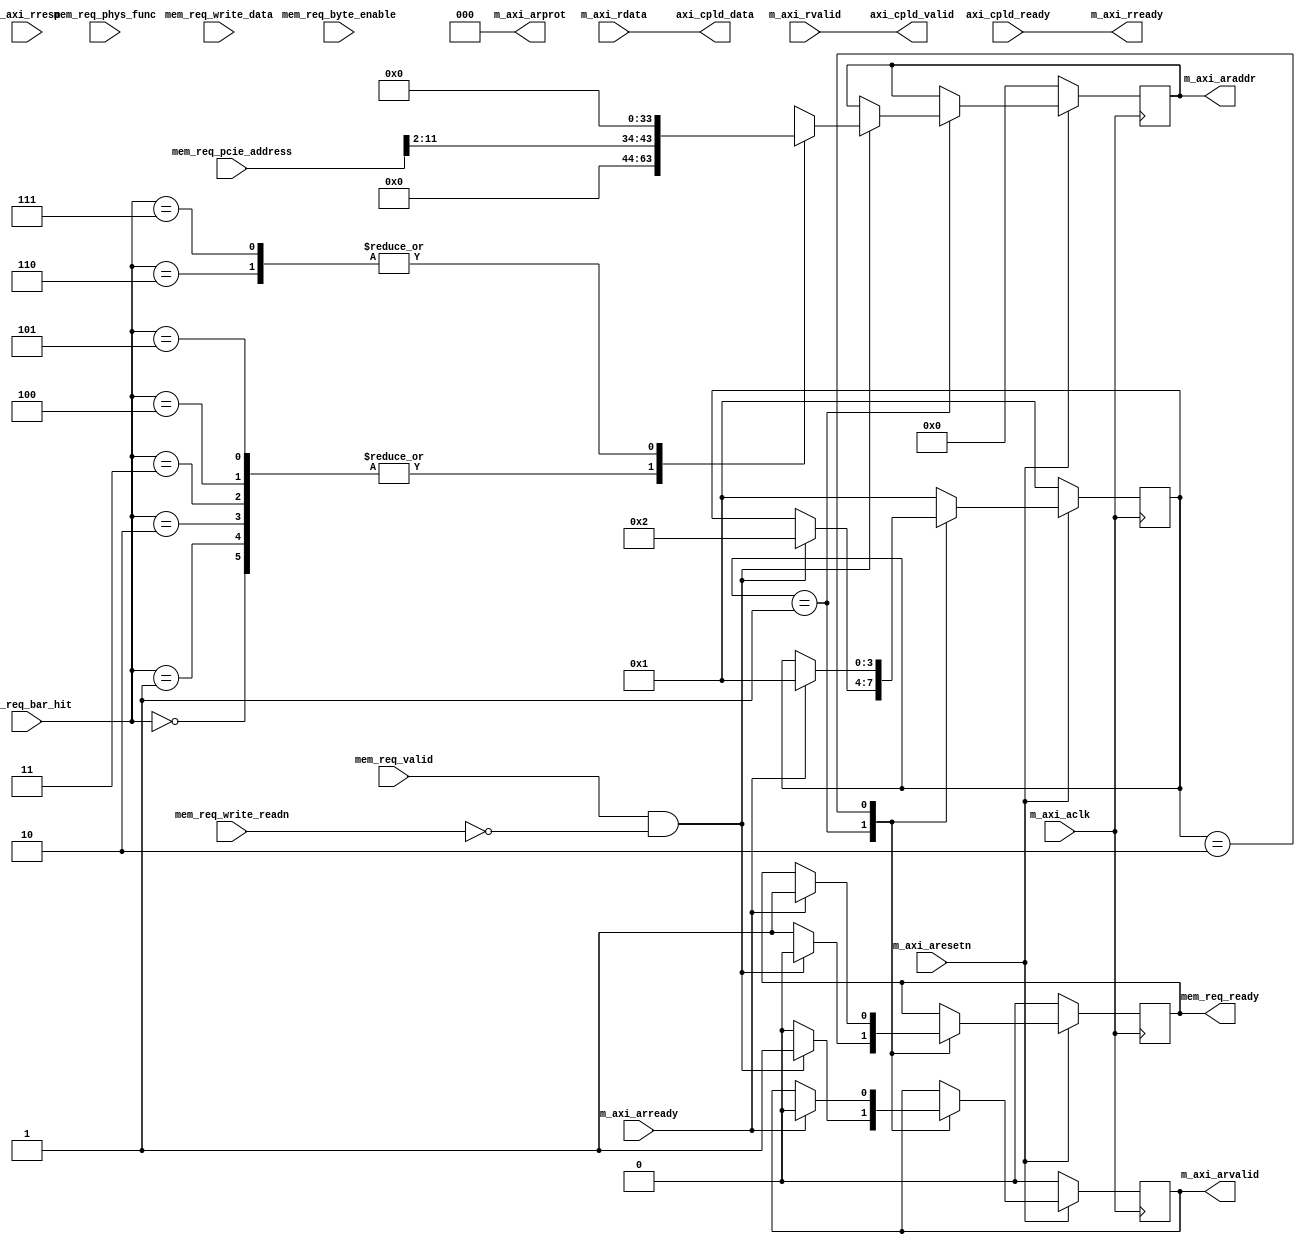
`timescale 1ns / 1ps
//////////////////////////////////////////////////////////////////////////////////
// Company: 
// Engineer: 
// 
// Design Name: 
// Module Name: axi_read_controller
// Project Name: 
// Target Devices: 
// Tool Versions: 
// Description: 
// 
// Dependencies: 
// 
// Revision:
// Revision 0.01 - File Created
// Additional Comments:
// 
//////////////////////////////////////////////////////////////////////////////////


module axi_read_controller # (
  parameter TCQ                        = 1,
  parameter M_AXI_TDATA_WIDTH          = 32,
  parameter M_AXI_ADDR_WIDTH           = 32,
  parameter OUTSTANDING_READS          = 5,
  parameter  BAR0AXI                   = 64'h00000000,
  parameter  BAR1AXI                   = 64'h00000000,
  parameter  BAR2AXI                   = 64'h00000000,
  parameter  BAR3AXI                   = 64'h00000000,
  parameter  BAR4AXI                   = 64'h00000000,
  parameter  BAR5AXI                   = 64'h00000000, 
  parameter  BAR0SIZE                  = 12,
  parameter  BAR1SIZE                  = 12,
  parameter  BAR2SIZE                  = 12,
  parameter  BAR3SIZE                  = 12,
  parameter  BAR4SIZE                  = 12,
  parameter  BAR5SIZE                  = 12
  
) (

  input                                 m_axi_aclk,
  input                                 m_axi_aresetn,
  
  output [M_AXI_TDATA_WIDTH-1 : 0]      m_axi_araddr,
  output [2 : 0]                        m_axi_arprot,
  output                                m_axi_arvalid,
  input                                 m_axi_arready,
 
  input  [M_AXI_TDATA_WIDTH-1 : 0]      m_axi_rdata,
  input  [1 : 0]                        m_axi_rresp,
  input                                 m_axi_rvalid,
  output                                m_axi_rready,
  
  //Memory Request TLP Info
  input                                 mem_req_valid,
  output                                mem_req_ready,
  input [2:0]                           mem_req_bar_hit,
  input [31:0]                          mem_req_pcie_address,
  input [3:0]                           mem_req_byte_enable,
  input                                 mem_req_write_readn,
  input                                 mem_req_phys_func,
  input [31:0]                          mem_req_write_data,
  
  //Completion Data Coming back
  output                                axi_cpld_valid,
  input                                 axi_cpld_ready,
  output [31:0]                         axi_cpld_data 

    );
    
  reg [31:0] m_axi_addr_c;   
  reg [31:0] m_axi_araddr_r;   
  reg        m_axi_arvalid_r;   
  reg        mem_req_ready_r;    
    
  localparam IDLE      = 4'b0001;
  localparam READ_REQ = 4'b0010;
  //localparam <state3> = 4'b0100;
  //localparam <state4> = 4'b1000;
 
  reg [3:0] aximm_ar_sm = IDLE;
  reg [3:0] aximm_rd_sm = IDLE;
 
  always @(posedge m_axi_aclk)
     if ( !m_axi_aresetn ) begin
        aximm_ar_sm <= IDLE;
        m_axi_araddr_r    <= #TCQ 32'd0;
        m_axi_arvalid_r   <= #TCQ 1'b0;
        mem_req_ready_r   <= #TCQ 1'b0;
     end else
        case (aximm_ar_sm)
           IDLE : begin
              if ( mem_req_valid & !mem_req_write_readn ) begin
                aximm_ar_sm     <= #TCQ READ_REQ;
                m_axi_araddr_r    <= #TCQ m_axi_addr_c;
                m_axi_arvalid_r <= #TCQ 1'b1;
                mem_req_ready_r <= #TCQ 1'b0;
              end else begin
                m_axi_arvalid_r <= #TCQ 1'b0;
                mem_req_ready_r <= #TCQ 1'b1;
              end
           end
           READ_REQ : begin
              if (m_axi_arready) begin
                aximm_ar_sm   <= #TCQ IDLE;
                m_axi_arvalid_r <= #TCQ 1'b0;
                mem_req_ready_r <= #TCQ 1'b1;
              end 
           end
           default : begin  // Fault Recovery
              aximm_ar_sm <= #TCQ IDLE;
           end   
        endcase
        
 
  assign m_axi_arvalid  = m_axi_arvalid_r;
  assign m_axi_arprot   = 0;
  assign m_axi_araddr   = m_axi_araddr_r;
  assign mem_req_ready  = mem_req_ready_r;
  
  assign axi_cpld_valid  = m_axi_rvalid;
  assign m_axi_rready    = axi_cpld_ready;
  assign axi_cpld_data   = m_axi_rdata;
    							
  always @(mem_req_bar_hit, mem_req_pcie_address)    
     case (mem_req_bar_hit)
        3'b000: m_axi_addr_c <= { BAR0AXI[M_AXI_ADDR_WIDTH-1:BAR0SIZE], mem_req_pcie_address[BAR0SIZE-1:2],2'b00};
        3'b001: m_axi_addr_c <= { BAR1AXI[M_AXI_ADDR_WIDTH-1:BAR1SIZE], mem_req_pcie_address[BAR1SIZE-1:2],2'b00};
        3'b010: m_axi_addr_c <= { BAR2AXI[M_AXI_ADDR_WIDTH-1:BAR2SIZE], mem_req_pcie_address[BAR2SIZE-1:2],2'b00};
        3'b011: m_axi_addr_c <= { BAR3AXI[M_AXI_ADDR_WIDTH-1:BAR3SIZE], mem_req_pcie_address[BAR3SIZE-1:2],2'b00};
        3'b100: m_axi_addr_c <= { BAR4AXI[M_AXI_ADDR_WIDTH-1:BAR4SIZE], mem_req_pcie_address[BAR4SIZE-1:2],2'b00};
        3'b101: m_axi_addr_c <= { BAR5AXI[M_AXI_ADDR_WIDTH-1:BAR5SIZE], mem_req_pcie_address[BAR5SIZE-1:2],2'b00};
        3'b110: m_axi_addr_c <= 32'd0;
        3'b111: m_axi_addr_c <= 32'd0;
     endcase

endmodule